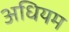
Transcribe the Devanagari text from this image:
अधियम